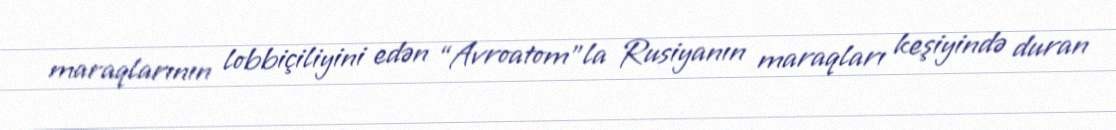
maraqlarının lobbiçiliyini edən “Avroatom”la Rusiyanın maraqları keşiyində duran